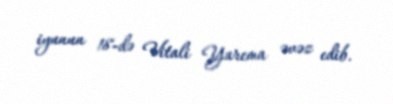
iyunun 18-də Vitali Yarema əvəz edib.